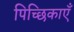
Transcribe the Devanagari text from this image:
पिच्छिकाएँ